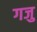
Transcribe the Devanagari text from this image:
गजु